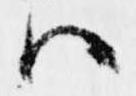
ハ